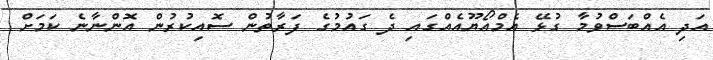
އަދި އެއްބަސްވުމާ ގުޅޭ އެމްއޯޔޫއެއްގައި ދެ ގައުމުގެ ފަރާތުން ސޮއިކުރުން އޮންނާނެ ކަމަށް